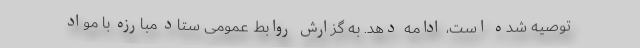
توصیه شده است، ادامه دهد. به گزارش روابط عمومی ستاد مبارزه با مواد